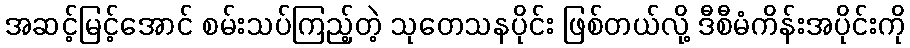
အဆင့်မြင့်အောင် စမ်းသပ်ကြည့်တဲ့ သုတေသနပိုင်း ဖြစ်တယ်လို့ ဒီစီမံကိန်းအပိုင်းကို